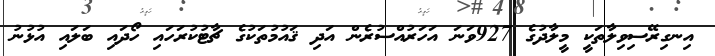
އިނގިރޭސިވިލާތަކީ މީލާދުގެ 927ވަނަ އަހަރުއްސުރެން އަދި ޤައުމުތަކުގެ ޗާޓުކުރަހައި ހޯދައި ބަލައި އުޅުނު